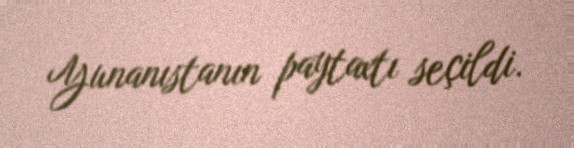
Yunanıstanın paytaxtı seçildi.